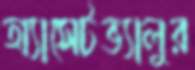
অ্যাসেটভ্যালুর